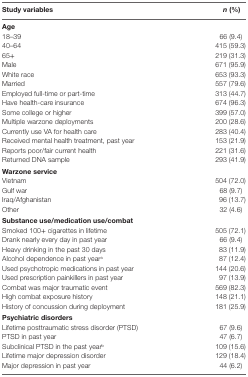
| Study variables | n (%) |
 | --- | --- |
 | Age |  |
 | 18–39 | 66 (9.4) |
 | 40–64 | 415 (59.3) |
 | 65+ | 219 (31.3) |
 | Male | 671 (95.9) |
 | White race | 653 (93.3) |
 | Married | 557 (79.6) |
 | Employed full-time or part-time | 313 (44.7) |
 | Have health-care insurance | 674 (96.3) |
 | Some college or higher | 399 (57.0) |
 | Multiple warzone deployments | 200 (28.6) |
 | Currently use VA for health care | 283 (40.4) |
 | Received mental health treatment, past year | 153 (21.9) |
 | Reports poor/fair current health | 221 (31.6) |
 | Returned DNA sample | 293 (41.9) |
 | Warzone service |  |
 | Vietnam | 504 (72.0) |
 | Gulf war | 68 (9.7) |
 | Iraq/Afghanistan | 96 (13.7) |
 | Other | 32 (4.6) |
 | Substance use/medication use/combat |  |
 | Smoked 100+ cigarettes in lifetime | 505 (72.1) |
 | Drank nearly every day in past year | 66 (9.4) |
 | Heavy drinking in the past 30 days | 83 (11.9) |
 | Alcohol dependence in past yeara | 87 (12.4) |
 | Used psychotropic medications in past year | 144 (20.6) |
 | Used prescription painkillers in past year | 97 (13.9) |
 | Combat was major traumatic event | 569 (82.3) |
 | High combat exposure history | 148 (21.1) |
 | History of concussion during deployment | 181 (25.9) |
 | Psychiatric disorders |  |
 | Lifetime posttraumatic stress disorder (PTSD) | 67 (9.6) |
 | PTSD in past year | 47 (6.7) |
 | Subclinical PTSD in the past yearb | 109 (15.6) |
 | Lifetime major depression disorder | 129 (18.4) |
 | Major depression in past year | 44 (6.2) |